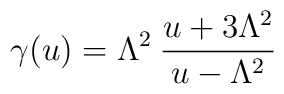
\gamma(u) = \Lambda^2 \: \frac{u+3\Lambda^2}{u-\Lambda^2}